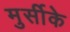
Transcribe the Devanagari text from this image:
मुर्सीके